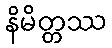
နိမိတ္တဿ